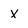
Character: X